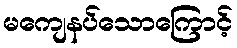
မကျေနပ်သောကြောင့်